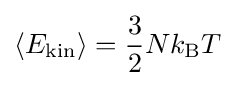
\langle E_{\mathrm {kin} }\rangle ={\frac {3}{2}}Nk_{\mathrm {B} }T